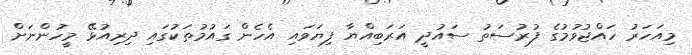
މިއަހަރު ހައްޖުވުމުގެ ފުރުސަތު ސައުދީ އަރަބިއްޔާ ފިޔަވައި އެހެން ގައުމުތަކުގައި ދިރިއުޅޭ މީހުންނަށް